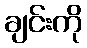
ချင်းကို